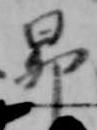
昴